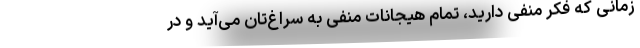
زمانی که فکر منفی دارید، تمام هیجانات منفی به سراغ‌تان می‌آید و در